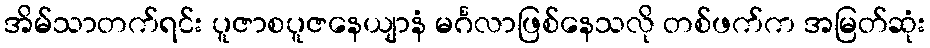
အိမ်သာတက်ရင်း ပူဇာစပူဇနေယျာနံ မင်္ဂလာဖြစ်နေသလို တစ်ဖက်က အမြတ်ဆုံး